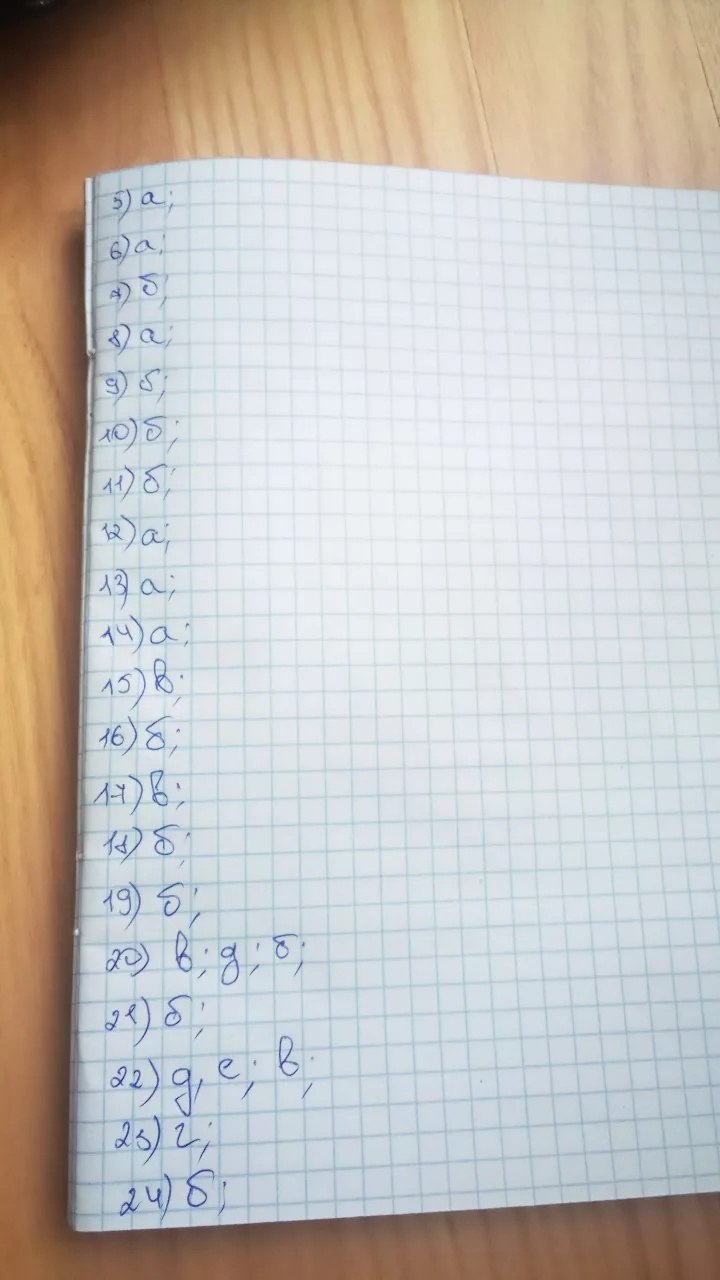
5) a;
6) a;
7) б;
8) a;
9) б;
10) б;
11) б;
12) a;
13) a;
14) а;
15) в;
16) б;
17) в;
18) б;
19) б;
20) в; д; б;
21) б;
22) д, е; в;
23) г;
24) б;